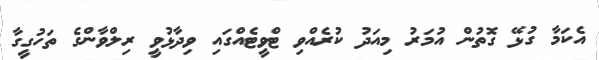
އެކަމާ ގުޅޭ ގޮތުން އުމަރު މިއަދު ކުރެއްވި ޓްވީޓެއްގައި ވިދާޅުވީ ރިލްވާންގެ ތަހުގީގާ